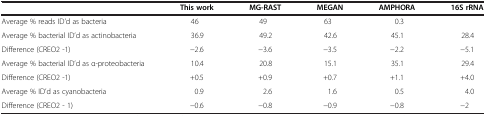
<table><thead><tr><td><b> </b></td><td><b>This work</b></td><td><b>MG-RAST</b></td><td><b>MEGAN</b></td><td><b>AMPHORA</b></td><td><b>16S rRNA</b></td></tr></thead><tbody><tr><td>Average % reads ID’d as bacteria</td><td>46</td><td>49</td><td>63</td><td>0.3</td><td> </td></tr><tr><td>Average % bacterial ID’d as actinobacteria</td><td>36.9</td><td>49.2</td><td>42.6</td><td>45.1</td><td>28.4</td></tr><tr><td>Difference (CREO2 -1)</td><td>−2.6</td><td>−3.6</td><td>−3.5</td><td>−2.2</td><td>−5.1</td></tr><tr><td>Average % bacterial ID’d as α-proteobacteria</td><td>10.4</td><td>20.8</td><td>15.1</td><td>35.1</td><td>29.4</td></tr><tr><td>Difference (CREO2 -1)</td><td>+0.5</td><td>+0.9</td><td>+0.7</td><td>+1.1</td><td>+4.0</td></tr><tr><td>Average % ID’d as cyanobacteria</td><td>0.9</td><td>2.6</td><td>1.6</td><td>0.5</td><td>4.0</td></tr><tr><td>Difference (CREO2 - 1)</td><td>−0.6</td><td>−0.8</td><td>−0.9</td><td>−0.8</td><td>−2</td></tr></tbody></table>